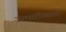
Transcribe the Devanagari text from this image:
उत्पत्तीकाळ